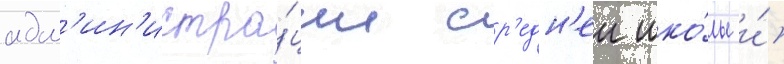
адм'ин'истра́ции ср'едн'еи шко́лы и́